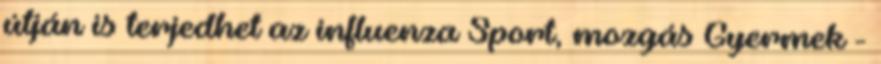
útján is terjedhet az influenza Sport, mozgás Gyermek -